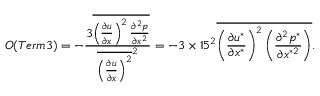
{ \cal O } ( T e r m 3 ) = - \frac { 3 \overline { { \left( \frac { \partial u } { \partial x } \right) ^ { 2 } \frac { \partial ^ { 2 } p } { \partial x ^ { 2 } } } } } { \overline { { \left( \frac { \partial u } { \partial x } \right) ^ { 2 } } } ^ { 2 } } = - 3 \times 1 5 ^ { 2 } \overline { { \left( \frac { \partial u ^ { * } } { \partial x ^ { * } } \right) ^ { 2 } \left( \frac { \partial ^ { 2 } p ^ { * } } { \partial x ^ { * 2 } } \right) } } .